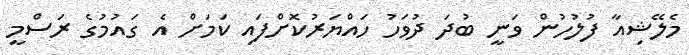
މެލޭޝިއާ ފުލުހުން ވަނީ ބުދަ ދުވަހު ހައްޔަރުކޮށްފައި ކަމަށް އެ ގައުމުގެ ރަސްމީ